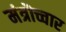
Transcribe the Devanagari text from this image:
मंत्रॊच्चार